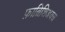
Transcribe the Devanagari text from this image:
फ़ाब्रिशिअयस